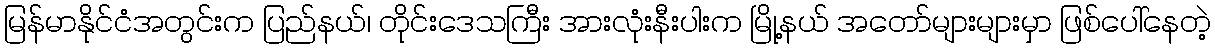
မြန်မာနိုင်ငံအတွင်းက ပြည်နယ်၊ တိုင်းဒေသကြီး အားလုံးနီးပါးက မြို့နယ် အတော်များများမှာ ဖြစ်ပေါ်နေတဲ့